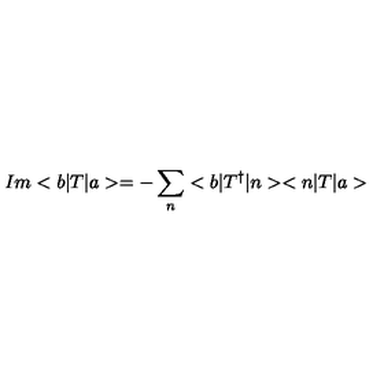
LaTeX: I m < b | T | a > = - \sum _ { n } < b | T ^ { \dagger } | n > < n | T | a >